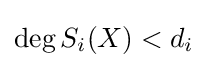
\deg S_{i}(X)<d_{i}